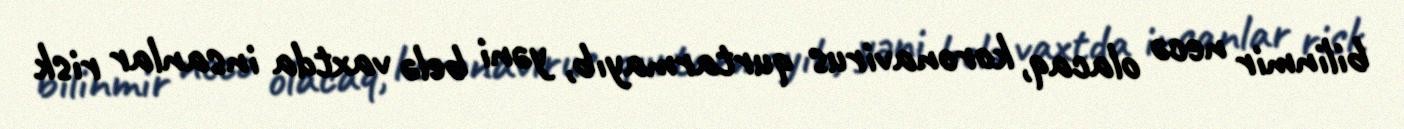
bilinmir necə olacaq, koronavirus qurtarmayıb, yəni belə vaxtda insanlar risk